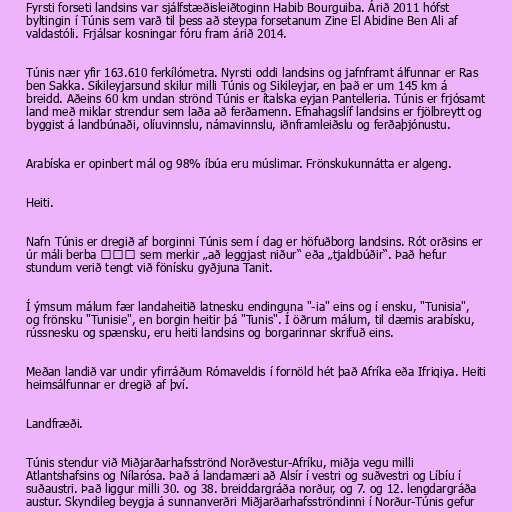
Fyrsti forseti landsins var sjálfstæðisleiðtoginn Habib Bourguiba. Árið 2011 hófst
byltingin í Túnis sem varð til þess að steypa forsetanum Zine El Abidine Ben Ali af
valdastóli. Frjálsar kosningar fóru fram árið 2014.

Túnis nær yfir 163.610 ferkílómetra. Nyrsti oddi landsins og jafnframt álfunnar er Ras
ben Sakka. Sikileyjarsund skilur milli Túnis og Sikileyjar, en það er um 145 km á
breidd. Aðeins 60 km undan strönd Túnis er ítalska eyjan Pantelleria. Túnis er frjósamt
land með miklar strendur sem laða að ferðamenn. Efnahagslíf landsins er fjölbreytt og
byggist á landbúnaði, olíuvinnslu, námavinnslu, iðnframleiðslu og ferðaþjónustu.

Arabíska er opinbert mál og 98% íbúa eru múslimar. Frönskukunnátta er algeng.

Heiti.

Nafn Túnis er dregið af borginni Túnis sem í dag er höfuðborg landsins. Rót orðsins er
úr máli berba ⵜⵏⵙ sem merkir „að leggjast niður“ eða „tjaldbúðir“. Það hefur
stundum verið tengt við fönísku gyðjuna Tanit.

Í ýmsum málum fær landaheitið latnesku endinguna "-ia" eins og í ensku, "Tunisia",
og frönsku "Tunisie", en borgin heitir þá "Tunis". Í öðrum málum, til dæmis arabísku,
rússnesku og spænsku, eru heiti landsins og borgarinnar skrifuð eins.

Meðan landið var undir yfirráðum Rómaveldis í fornöld hét það Afríka eða Ifriqiya. Heiti
heimsálfunnar er dregið af því.

Landfræði.

Túnis stendur við Miðjarðarhafsströnd Norðvestur-Afríku, miðja vegu milli
Atlantshafsins og Nílarósa. Það á landamæri að Alsír í vestri og suðvestri og Líbíu í
suðaustri. Það liggur milli 30. og 38. breiddargráða norður, og 7. og 12. lengdargráða
austur. Skyndileg beygja á sunnanverðri Miðjarðarhafsströndinni í Norður-Túnis gefur